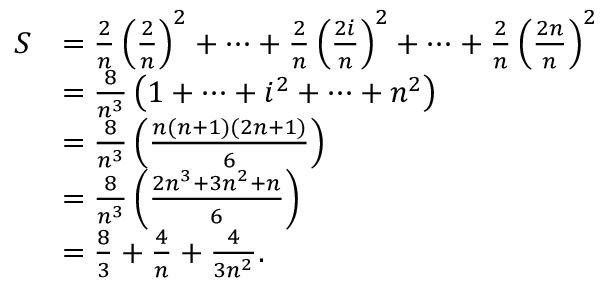
{ \begin{array} { r l } { S } & { = { \frac { 2 } { n } } \left( { \frac { 2 } { n } } \right) ^ { 2 } + \dots + { \frac { 2 } { n } } \left( { \frac { 2 i } { n } } \right) ^ { 2 } + \dots + { \frac { 2 } { n } } \left( { \frac { 2 n } { n } } \right) ^ { 2 } } \\ & { = { \frac { 8 } { n ^ { 3 } } } \left( 1 + \dots + i ^ { 2 } + \dots + n ^ { 2 } \right) } \\ & { = { \frac { 8 } { n ^ { 3 } } } \left( { \frac { n ( n + 1 ) ( 2 n + 1 ) } { 6 } } \right) } \\ & { = { \frac { 8 } { n ^ { 3 } } } \left( { \frac { 2 n ^ { 3 } + 3 n ^ { 2 } + n } { 6 } } \right) } \\ & { = { \frac { 8 } { 3 } } + { \frac { 4 } { n } } + { \frac { 4 } { 3 n ^ { 2 } } } . } \end{array} }